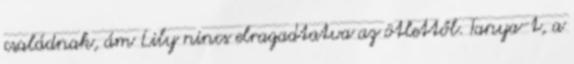
családnak, ám Lily nincs elragadtatva az ötlettől. Tanya-t, a